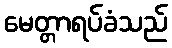
မေတ္တာရပ်ခံသည်